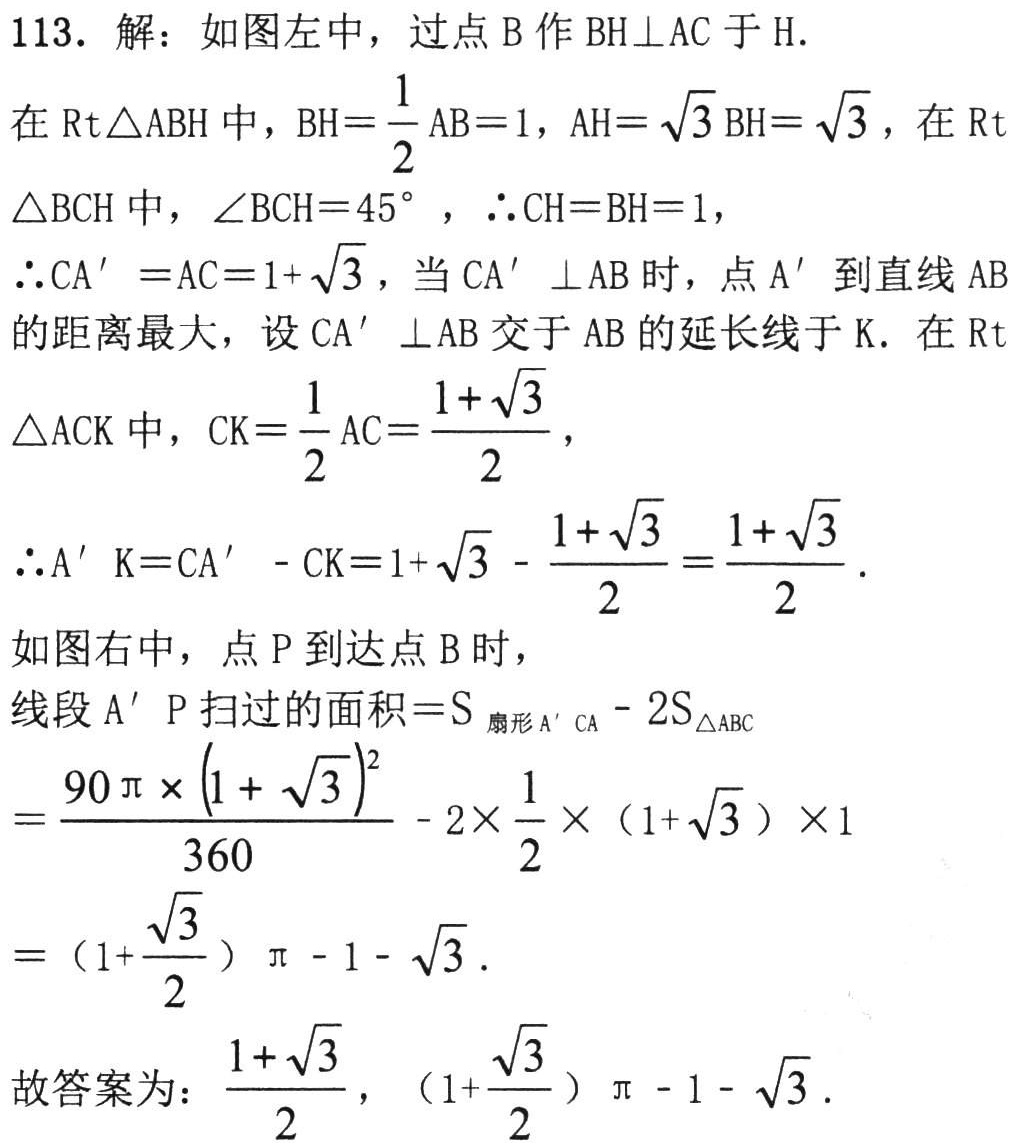
113. 解：如图左中，过点\(B\)作\(BH\perp AC\)于\(H\).
在\(\text{Rt}\triangle ABH\)中，\(BH = \frac{1}{2}AB = 1\)，\(AH=\sqrt{3}BH=\sqrt{3}\)，在\(\text{Rt}\triangle BCH\)中，\(\angle BCH = 45^{\circ}\)，\(\therefore CH = BH = 1\)，
\(\therefore CA'=AC = 1+\sqrt{3}\)，当\(CA'\perp AB\)时，点\(A'\)到直线\(AB\)的距离最大，设\(CA'\perp AB\)交于\(AB\)的延长线于\(K\). 在\(\text{Rt}\triangle ACK\)中，\(CK=\frac{1}{2}AC=\frac{1 + \sqrt{3}}{2}\)，
\(\therefore A'K=CA'-CK=1+\sqrt{3}-\frac{1 + \sqrt{3}}{2}=\frac{1 + \sqrt{3}}{2}\).
如图右中，点\(P\)到达点\(B\)时，
线段\(A'P\)扫过的面积\(=S_{扇形A'CA}-2S_{\triangle ABC}\)
\(=\frac{90\pi\times(1 + \sqrt{3})^{2}}{360}-2\times\frac{1}{2}\times(1+\sqrt{3})\times1\)
\(=(1+\frac{\sqrt{3}}{2})\pi-1-\sqrt{3}\).
故答案为：\(\frac{1 + \sqrt{3}}{2}\)，\((1+\frac{\sqrt{3}}{2})\pi-1-\sqrt{3}\).